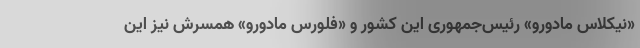
«نیکلاس مادورو» رئیس‌جمهوری این کشور و «فلورس مادورو» همسرش نیز این